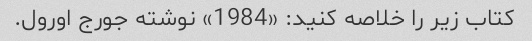
کتاب زیر را خلاصه کنید: «1984» نوشته جورج اورول.